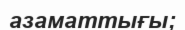
азаматтығы;